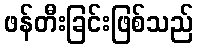
ဖန်တီးခြင်းဖြစ်သည်